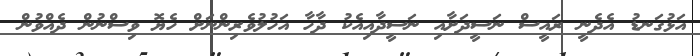
އަޅުގަނޑު އެދެނީ ރައީސް ނަސީދަށާއި ނަސީދާއިއެކު ދާހާ އަހުލުވެރިންނަށް ހެޔޮ ވިސްނުން ދެއްވުން